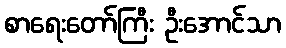
စာရေးတော်ကြီး ဦးအောင်သာ